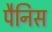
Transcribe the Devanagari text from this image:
पैनिस